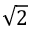
\sqrt 2